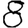
Digit: 8